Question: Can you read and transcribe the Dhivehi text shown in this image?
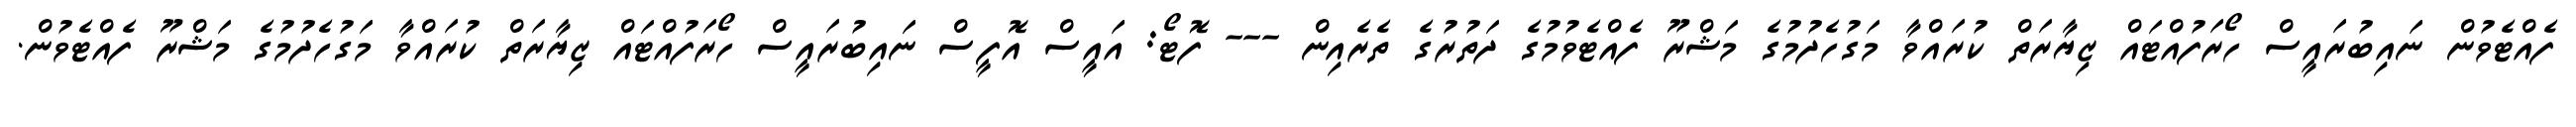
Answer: ފެއްޓެވުން ނައިބުރައީސް ހޯރަފުއްޓައް ޒިޔާރަތް ކުރައްވާ މަގުހެދުމުގެ މަޝްރޫ ފެއްޓެވުމުގެ ދަތުރުގެ ތެރެއިން --- ފޮޓޯ: އައީސް އޮފީސް ނައިބުރައީސް ހޯރަފުއްޓައް ޒިޔާރަތް ކުރައްވާ މަގުހެދުމުގެ މަޝްރޫ ފެއްޓެވުން.